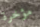
مؤخرة